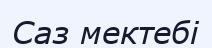
Саз мектебі